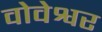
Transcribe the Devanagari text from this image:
वोवेश्वर